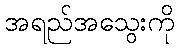
အရည်အသွေးကို